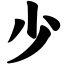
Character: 少